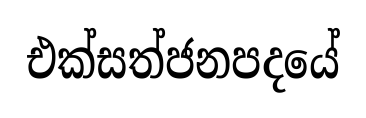
එක්සත්ජනපදයේ